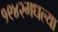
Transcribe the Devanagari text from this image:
१९४२मधल्या